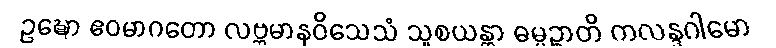
ဥဍ္ဎော ဧဝမာဂတော လဗ္ဘမာနဝိသေသံ သူစယန္တာ ဓမ္မဉ္စာတိ ကလန္ဒဂါမော